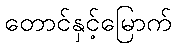
တောင်နှင့်မြောက်